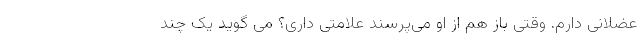
عضلانی دارم. وقتی باز هم از او می‌پرسند علامتی داری؟ می گوید یک چند